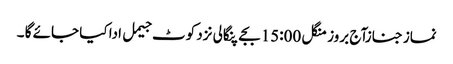
نماز جنازآج بروز منگل 15:00بجے پنگالی نزد کوٹ جیمل ادا کیا جائے گا ۔